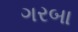
ગરબા